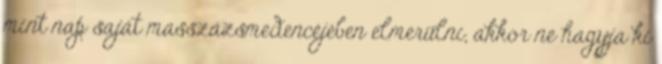
mint nap saját masszázsmedencéjében elmerülni, akkor ne hagyja ki